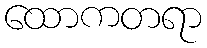
ထောကတရာ